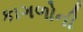
કાગળોની